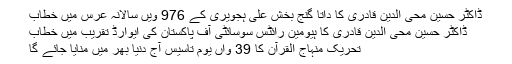
ڈاکٹر حسین محی الدین قادری کا داتا گنج بخش علی ہجویری کے 976 ویں سالانہ عرس میں خطاب
ڈاکٹر حسین محی الدین قادری کا ہیومین رائٹس سوسائٹی آف پاکستان کی ایوارڈ تقریب میں خطاب
تحریک منہاج القرآن کا 39 واں یوم تاسیس آج دنیا بھر میں منایا جائے گا